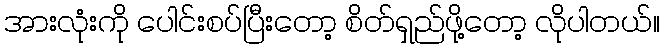
အားလုံးကို ပေါင်းစပ်ပြီးတော့ စိတ်ရှည်ဖို့တော့ လိုပါတယ်။